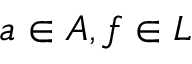
a \in A , f \in L